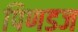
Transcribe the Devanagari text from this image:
पिणडज